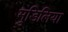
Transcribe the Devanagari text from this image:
मुडिलिया